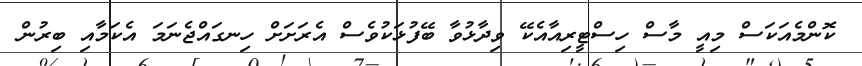
ކޮންމެއަކަސް މިއީ މާސް ހިސްޓީރިއާއެކޭ ވިދާޅުވާ ބޭފުޅަކުވެސް އެރަށަށް ހިނގައްޖެނަމަ އެކަމާއި ބިރުން